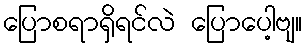
ပြောစရာရှိရင်လဲ ပြောပေါ့ဗျ။